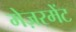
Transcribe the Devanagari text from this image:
मेज़रमेंट